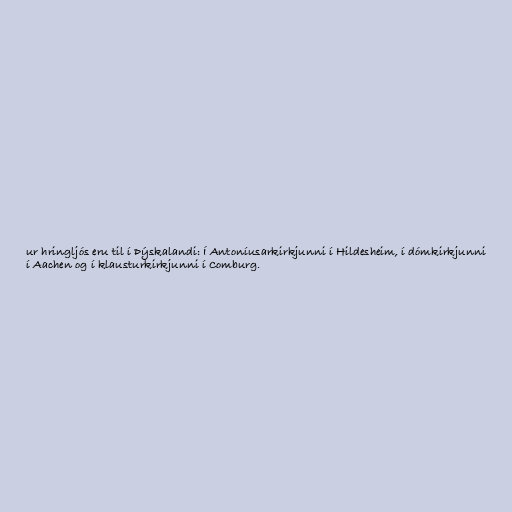
ur hringljós eru til í Þýskalandi: Í Antoníusarkirkjunni í Hildesheim, í dómkirkjunni
í Aachen og í klausturkirkjunni í Comburg.